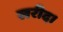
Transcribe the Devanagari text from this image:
खरीद।